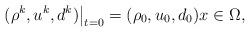
LaTeX: \begin{align*}\left.(\rho^k, u^k, d^k)\right|_{t=0}=(\rho_0, u_0, d_0) x\in \Omega,\end{align*}